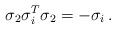
LaTeX: \begin{align*}\sigma_2 \sigma_i^T \sigma_2 = -\sigma_i \, .\end{align*}